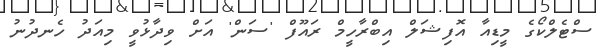
ސްޓެލްކޯގެ މީޑިއާ އޮފިޝަލް އިބްރާހީމް ރައޫފް 'ސަން' އަށް ވިދާޅުވީ މިއަދު ހެނދުނު